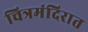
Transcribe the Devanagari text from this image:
चित्रमंदिरात